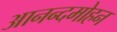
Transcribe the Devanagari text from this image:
आनन्दमोहन